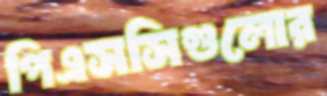
পিএসসিগুলোর